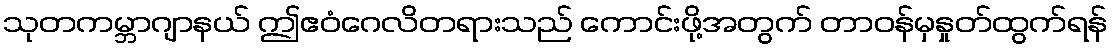
သုတကမ္ဘာဂျာနယ် ဤဧဝံဂေလိတရားသည် ကောင်းဖို့အတွက် တာဝန်မှနှုတ်ထွက်ရန်